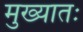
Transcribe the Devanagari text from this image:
मुख्यातः